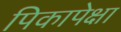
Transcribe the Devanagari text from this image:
पिकापेक्षा